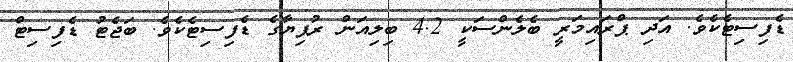
ޑެފިސިޓެކެވެ. އަދި ޕްރައިމަރީ ބެލެންސަކީ 4.2 ބިލިއަން ރުފިޔާގެ ޑެފިސިޓެކެވެ. ބަޖެޓު ޑެފިސިޓް